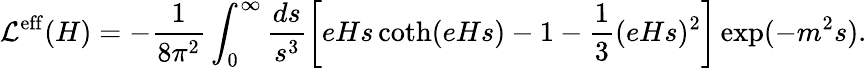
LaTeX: {\cal L}^{\mathrm{eff}}(H)=-\frac{1}{8\pi^{2}}\int_{0}^{\infty}\frac{ds}{s^{3}}\left[eHs\coth(eHs)-1-\frac 13(eHs)^{2}\right]\exp(-m^{2}s).